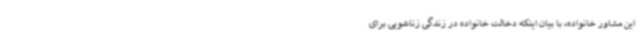
این مشاور خانواده، با بیان اینکه دخالت خانواده در زندگی زناشویی برای